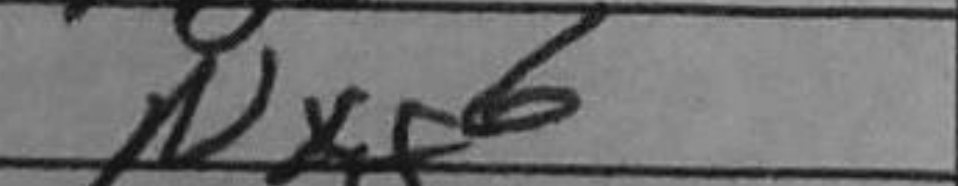
Transcription: Nxg6